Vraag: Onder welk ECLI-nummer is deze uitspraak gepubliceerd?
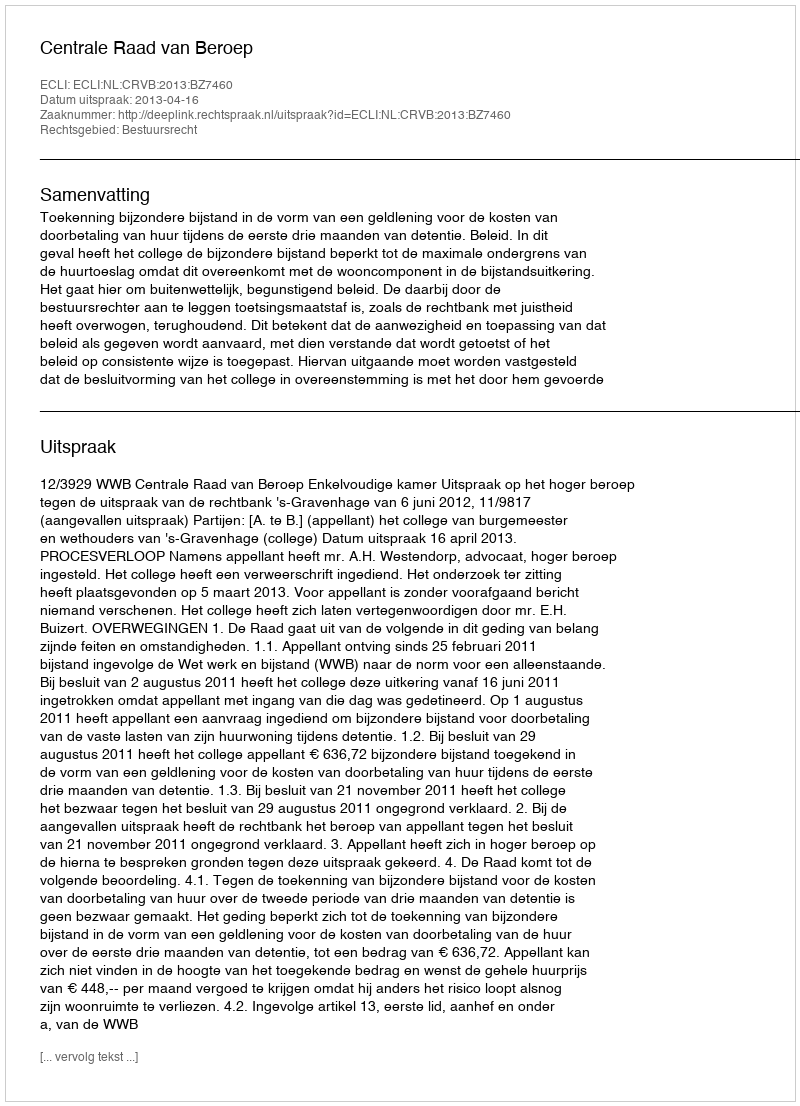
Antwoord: ECLI:NL:CRVB:2013:BZ7460